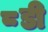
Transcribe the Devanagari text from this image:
८डी